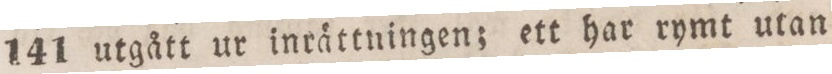
141 utgått ur inrättningen; ett har rymt utan